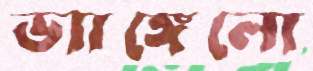
ভ্যাঙ্গেলো